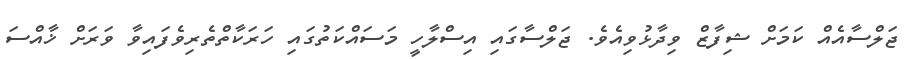
ޖަލްސާއެއް ކަމަށް ޝިފާޒް ވިދާޅުވިއެވެ. ޖަލްސާގައި އިސްލާހީ މަސައްކަތުގައި ހަރަކާތްތެރިވެފައިވާ ވަރަށް ޚާއްސަ